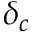
\delta _ { c }